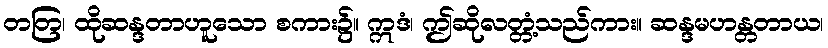
တတြ၊ ထိုဆန္ဒတာဟူသော စကား၌။ ဣဒံ၊ ဤဆိုလတ္တံ့သည်ကား။ ဆန္ဒမဟန္တတာယ၊